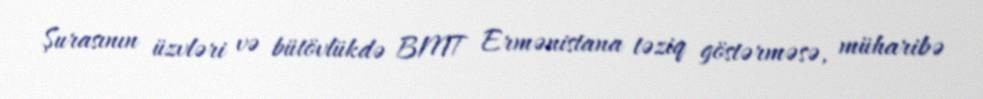
Şurasının üzvləri və bütövlükdə BMT Ermənistana təziq göstərməsə, müharibə